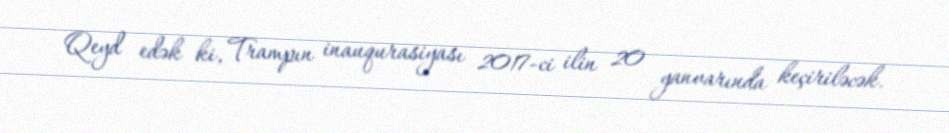
Qeyd edək ki, Trampın inauqurasiyası 2017-ci ilin 20 yanvarında keçiriləcək.